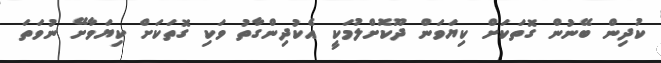
ކުދިން ބޭނުން ގޮތަކަށް ކިޔަވަން ދޫކޮށްލުމަކީ އެކުދިންގާތު ވަކި ގޮތަކަށް ކިޔަވާށޭ ނުވަތަ